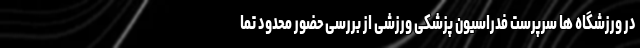
در ورزشگاه ها سرپرست فدراسیون پزشکی ورزشی از بررسی حضور محدود تما